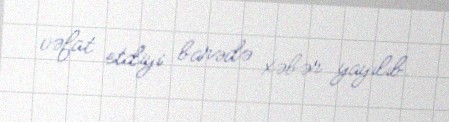
vəfat etdiyi barədə xəbər yayılıb.